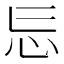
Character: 𭜎